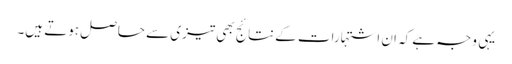
یہی وجہ ہے کہ ان اشتہارات کے نتائج بھی تیزی سے حاصل ہوتے ہیں۔